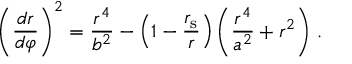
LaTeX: { \left( { \frac { d r } { d \varphi } } \right) } ^ { 2 } = { \frac { r ^ { 4 } } { b ^ { 2 } } } - \left( 1 - { \frac { r _ { \mathrm { { s } } } } { r } } \right) \left( { \frac { r ^ { 4 } } { a ^ { 2 } } } + r ^ { 2 } \right) \, .